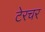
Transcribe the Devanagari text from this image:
टेरचर